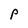
Character: P